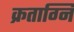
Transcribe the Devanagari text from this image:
क्रताग्नि